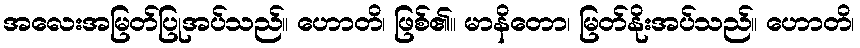
အလေးအမြတ်ပြုအပ်သည်။ ဟောတိ၊ ဖြစ်၏။ မာနိတော၊ မြတ်နိုးအပ်သည်။ ဟောတိ၊